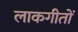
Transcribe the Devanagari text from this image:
लाकगीतों